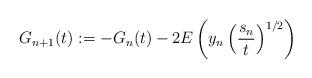
LaTeX: \begin{align*}G_{n+1}(t):=-G_{n}(t)-2E\left(y_{n}\left(\dfrac{s_{n}}{t}\right)^{1/2}\right)\end{align*}